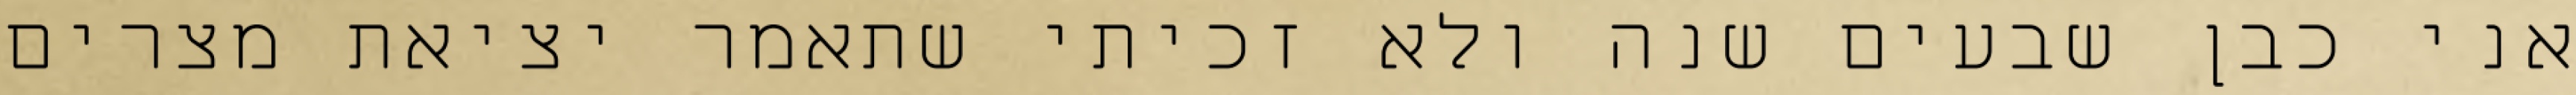
אני כבן שבעים שנה ולא זכיתי שתאמר יציאת מצרים